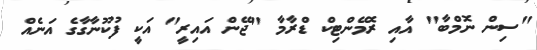
"ސިން ނޮމްބާ" އާއި ރޮމޭންޓިކް ޑްރާމާ "ޖޭން އައިރީ" އަކީ ފުކޫނާގާގެ އަނެއް